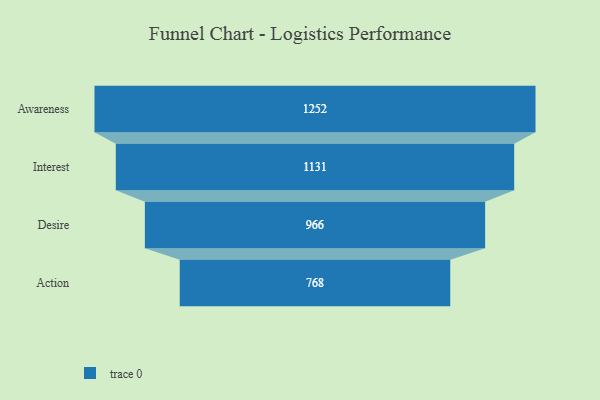
{"axis": {"x": "Stage", "y": "Value"}, "legend": [""], "data": [{"x": "Awareness", "y": 1252.0, "type": ""}, {"x": "Interest", "y": 1131.0, "type": ""}, {"x": "Desire", "y": 966.0, "type": ""}, {"x": "Action", "y": 768.0, "type": ""}]}